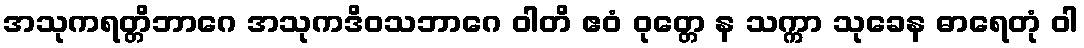
အသုကရတ္တိဘာဂေ အသုကဒိဝသဘာဂေ ဝါတိ ဧဝံ ဝုတ္တေ န သက္ကာ သုခေန ဓာရေတုံ ဝါ